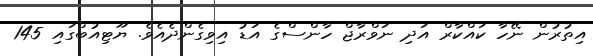
އިތުރުން ނޭހާ ކައްކާރް އަދި ނަވްރާޖް ހާންސްގެ އަޑު އިވިގެންދެއެވެ. ޔޫޓިއުބްގައި 145